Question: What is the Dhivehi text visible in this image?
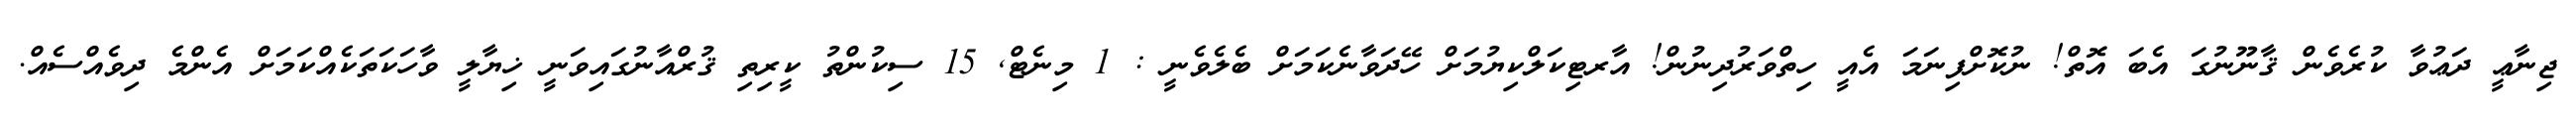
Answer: ޖިނާޢީ ދަޢުވާ ކުރެވެން ޤާނޫނުގަ އެބަ އޮތް! ނުކޮށްފިނަމަ އެއީ ހިތްވަރުދިނުން! އާރޓިކަލްކިޔުމަށް ހޭދަވާނެކަމަށް ބެލެވެނީ : 1 މިނެޓް, 15 ސިކުންތު ކީރިތި ޤުރްއާނުގައިވަނީ ޚިޔާލީ ވާހަކަތަކެއްކަމަށް އެންމެ ދިވެއްސެއް.